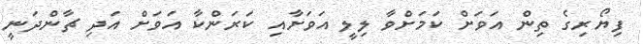
ފިޔޯރިގެ ތިން އަވަށް ކަމަށްވާ ލިލީ އަވަށާއި ކަރަންކާ އަވަށް އަދި ޗާންދަނީ